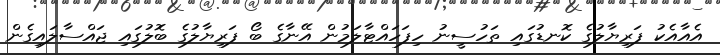
އެއާއެކު ފަރިޔާލުގެ ކޮނޑުގައި ތަހުސީނު ހިފަހައްޓާލަމުން އޭނާގެ ބޯ ފަރިޔާލުގެ ބޮލުގައި ޖައްސާލައިގެން